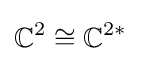
\mathbb {C} ^{2}\cong \mathbb {C} ^{2*}